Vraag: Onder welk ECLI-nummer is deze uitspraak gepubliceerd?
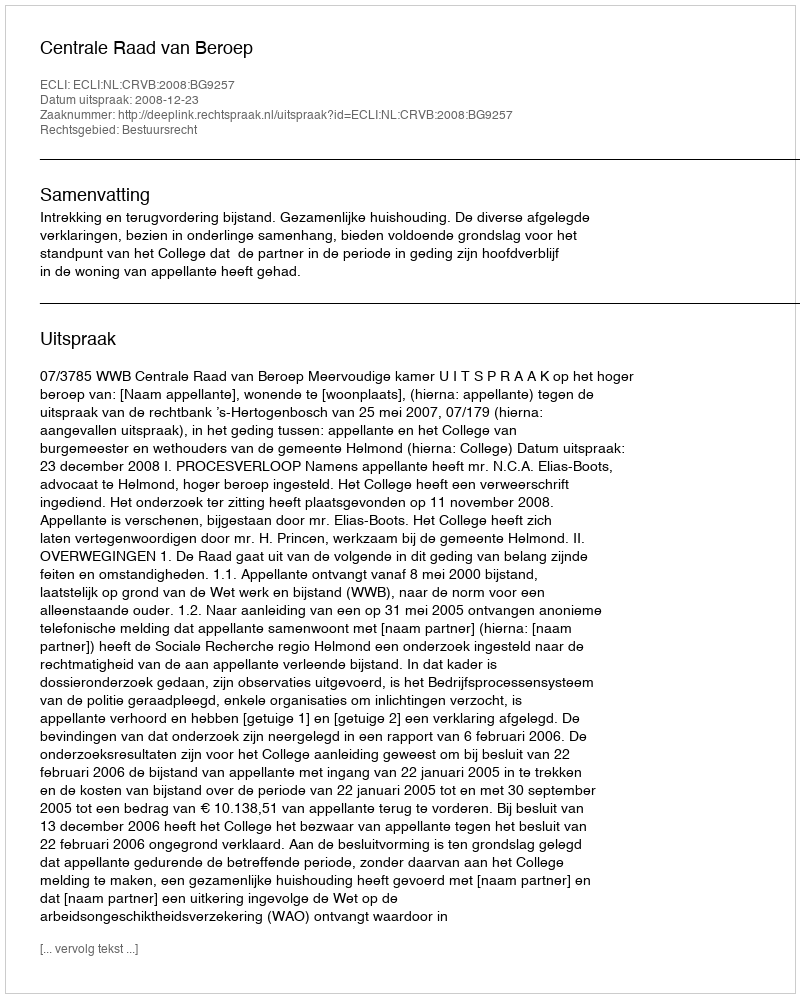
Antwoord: ECLI:NL:CRVB:2008:BG9257